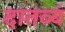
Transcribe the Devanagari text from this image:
दातव्यं